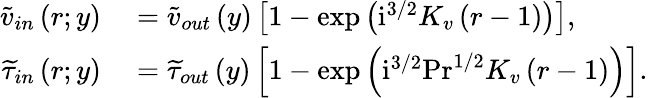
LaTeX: \begin{array}{rl}{\widetilde{v}_{in}\left(r;y\right)}&{{}=\widetilde{v}_{out}\left(y\right)\left[1-\exp\left(\mathrm{i}^{3/2}K_{v}\left(r-1\right)\right)\right],}\\ {\widetilde{\tau}_{in}\left(r;y\right)}&{{}=\widetilde{\tau}_{out}\left(y\right)\left[1-\exp\left(\mathrm{i}^{3/2}\mathrm{Pr}^{1/2}K_{v}\left(r-1\right)\right)\right].}\end{array}